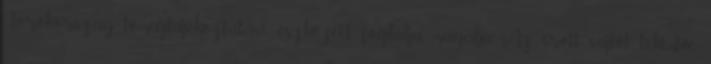
Törökország tömegtájékoztatási eszközeit foglalja magába. Az írott sajtót tekintve